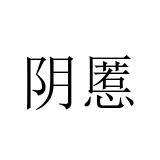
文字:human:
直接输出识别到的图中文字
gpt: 阴慝